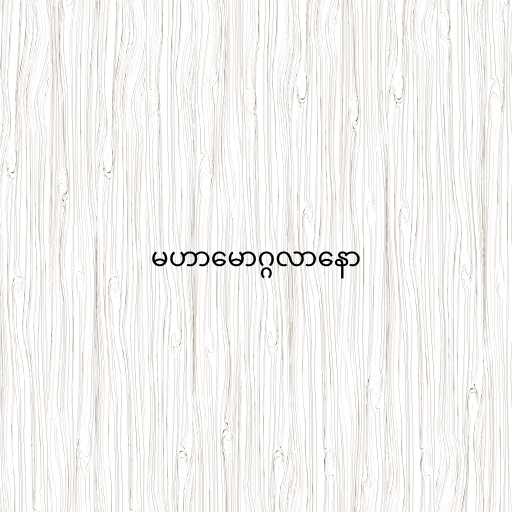
မဟာမောဂ္ဂလာနော